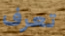
تعرف